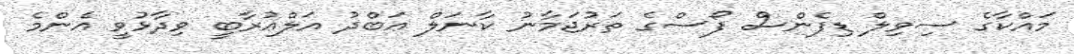
މައްކާގެ ސިވިލް ޑިފެންސް ފޯސްގެ ތަރުޖަމާނު ކާނަލް ޢަބްދު އަލްޢުރާބީ ވިދާޅުވީ އެންމެ